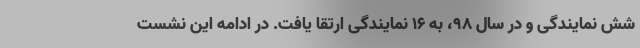
شش نمایندگی و در سال ۹۸، به ۱۶ نمایندگی ارتقا یافت. در ادامه این نشست